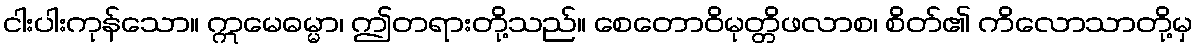
ငါးပါးကုန်သော။ ဣမေဓမ္မာ၊ ဤတရားတို့သည်။ စေတောဝိမုတ္တိဖလာစ၊ စိတ်၏ ကိလောသာတို့မှ